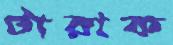
টারাক